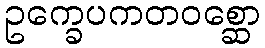
ဥက္ခေပကတဝစ္ဆော